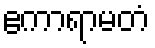
ဧကာရာမတံ